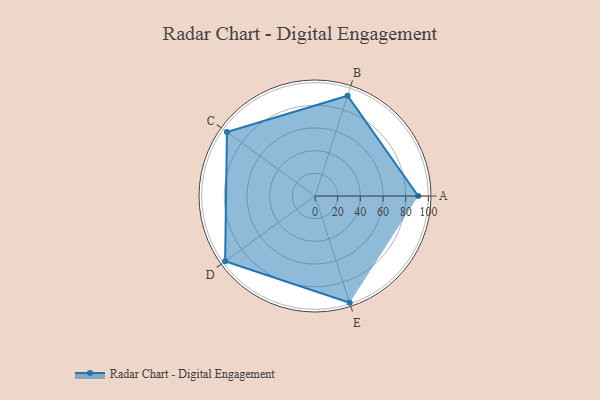
{"axis": {"x": "Skill", "y": "Score"}, "legend": ["Profile"], "data": [{"x": "A", "y": 91.0, "type": "Profile"}, {"x": "B", "y": 93.0, "type": "Profile"}, {"x": "C", "y": 96.0, "type": "Profile"}, {"x": "D", "y": 98.0, "type": "Profile"}, {"x": "E", "y": 99, "type": "Profile"}]}